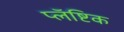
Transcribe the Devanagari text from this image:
प्लॅष्टिक